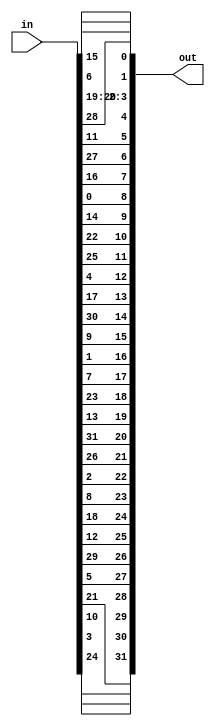
module sbox_perm(
     in,
     out
    );

    input [32:1] in;
    output reg [32:1] out;
	 
	 
	 always @ (in)
	 begin 
	                    
							  out[1]<=in[16];
							  out[2]<=in[7];
							  out[3]<=in[20];
							  out[4]<=in[21];
							  out[5]<=in[29];
							  out[6]<=in[12];
							  out[7]<=in[28];
							  out[8]<=in[17];
							  out[9]<=in[1];
							  out[10]<=in[15];
							  
							  out[11]<=in[23];
							  out[12]<=in[26];
							  out[13]<=in[5];
							  out[14]<=in[18];
							  out[15]<=in[31];
							  out[16]<=in[10];
							  out[17]<=in[2];
							  out[18]<=in[8];
							  out[19]<=in[24];
							  out[20]<=in[14];
							  
							  out[21]<=in[32];
							  out[22]<=in[27];
							  out[23]<=in[3];
							  out[24]<=in[9];
							  out[25]<=in[19];
							  out[26]<=in[13];
							  out[27]<=in[30];
							  out[28]<=in[6];
							  out[29]<=in[22];
							  out[30]<=in[11];
							  
							  out[31]<=in[4];
							  out[32]<=in[25];
	 
	 
	 
	 end
	 
	 
	 
endmodule